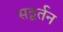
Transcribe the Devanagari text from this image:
सद्वर्तन